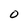
Character: O